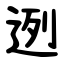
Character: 迾